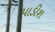
પાડીશ